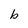
Character: b